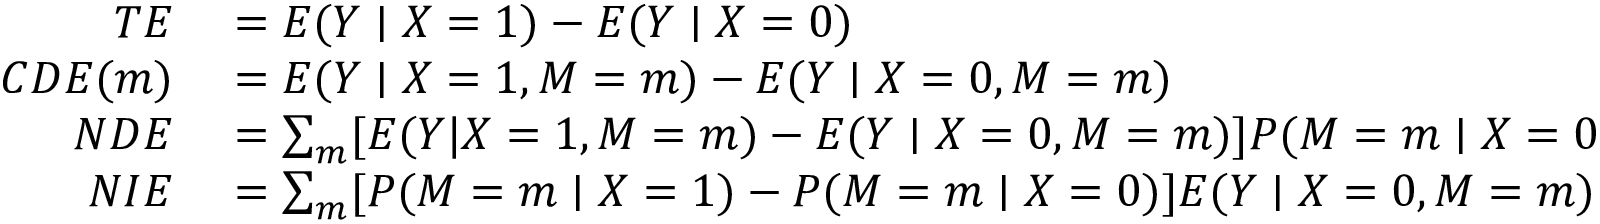
\begin{array} { r l } { T E } & { { } = E ( Y \mid X = 1 ) - E ( Y \mid X = 0 ) } \\ { C D E ( m ) } & { { } = E ( Y \mid X = 1 , M = m ) - E ( Y \mid X = 0 , M = m ) } \\ { N D E } & { { } = \sum _ { m } [ E ( Y | X = 1 , M = m ) - E ( Y \mid X = 0 , M = m ) ] P ( M = m \mid X = 0 ) } \\ { N I E } & { { } = \sum _ { m } [ P ( M = m \mid X = 1 ) - P ( M = m \mid X = 0 ) ] E ( Y \mid X = 0 , M = m ) . } \end{array}